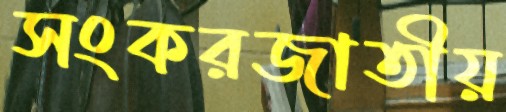
সংকরজাতীয়